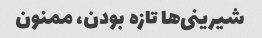
شیرینی‌ها تازه بودن، ممنون